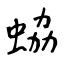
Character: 蛠